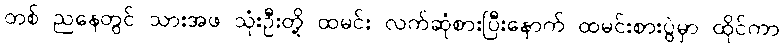
တစ် ညနေတွင် သားအဖ သုံးဦးတို့ ထမင်း လက်ဆုံစားပြီးနောက် ထမင်းစားပွဲမှာ ထိုင်ကာ